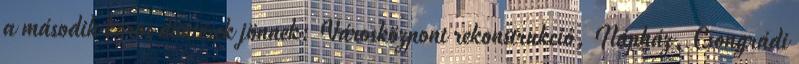
a második körös döntések jönnek: Városközpont rekonstrukció, Nápház, Csongrádi